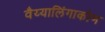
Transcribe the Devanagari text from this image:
वैय्यालिंगाकोण